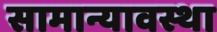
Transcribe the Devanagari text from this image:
सामान्यावस्था